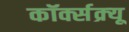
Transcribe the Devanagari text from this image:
कॉर्क्सक्र्यू